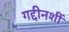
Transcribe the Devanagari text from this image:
गद्दीनशीं